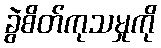
ခွဲစိတ်ကုသမှုကို